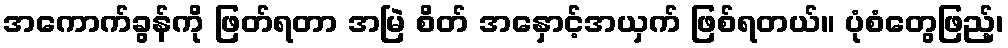
အကောက်ခွန်ကို ဖြတ်ရတာ အမြဲ စိတ် အနှောင့်အယှက် ဖြစ်ရတယ်။ ပုံစံတွေဖြည့်၊